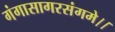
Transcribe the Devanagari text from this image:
गंगासागरसंगमे।।